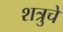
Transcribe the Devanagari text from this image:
शत्रुचे